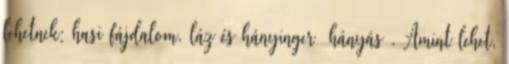
lehetnek: hasi fájdalom, láz és hányinger hányás . Amint lehet,